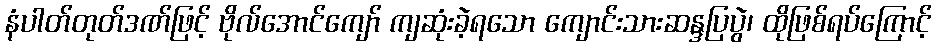
နံပါတ်တုတ်ဒဏ်ဖြင့် ဗိုလ်အောင်ကျော် ကျဆုံးခဲ့ရသော ကျောင်းသားဆန္ဒပြပွဲ၊ ထိုဖြစ်ရပ်ကြောင့်